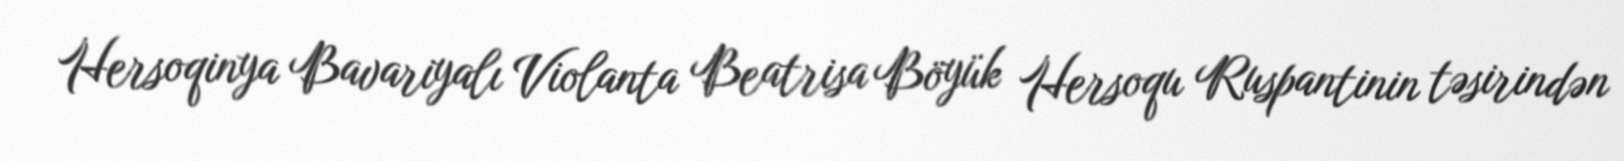
Hersoqinya Bavariyalı Violanta Beatrisa Böyük Hersoqu Ruspantinin təsirindən